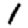
Digit: 1